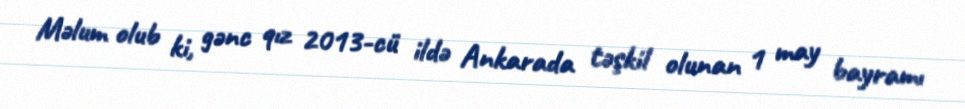
Məlum olub ki, gənc qız 2013-cü ildə Ankarada təşkil olunan 1 may bayramı